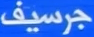
جرسيف